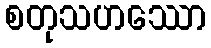
စတုသဟဿော